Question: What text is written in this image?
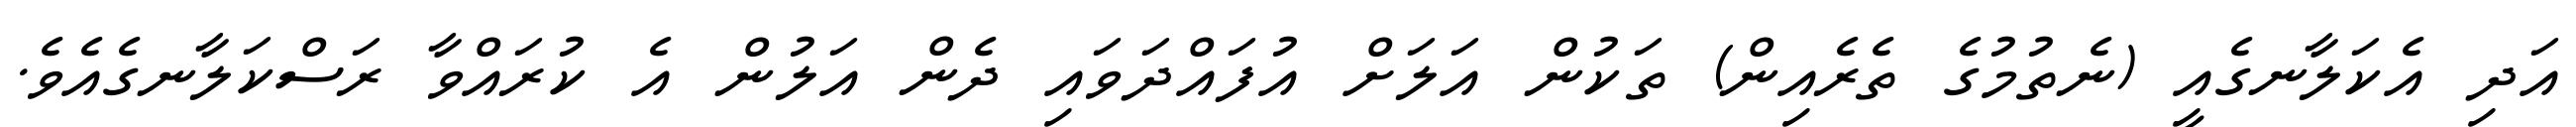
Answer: އަދި އެކަލާނގެއީ (ނެތުމުގެ ތެރެއިން) ތަކުން އަލަށް އުފައްދަވައި ދެން އަލުން އެ ކުރައްވާ ރަސްކަލާނގެއެވެ.